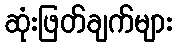
ဆုံးဖြတ်ချက်များ